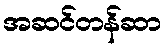
အဆင်တန်ဆာ